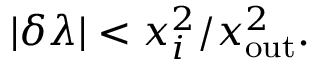
| \delta \lambda | < { x _ { i } ^ { 2 } } / { x _ { \mathrm { o u t } } ^ { 2 } } .